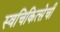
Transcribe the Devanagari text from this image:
स्वचिकित्सेची